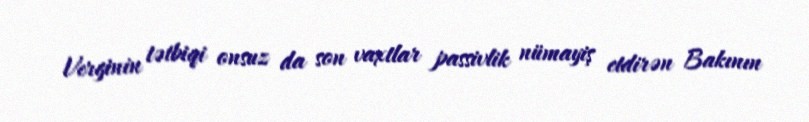
Verginin tətbiqi onsuz da son vaxtlar passivlik nümayiş etdirən Bakının